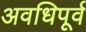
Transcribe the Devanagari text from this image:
अवधिपूर्व